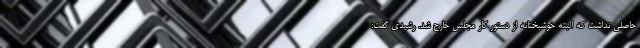
حاصلی نداشت که البته خوشبختانه از دستور کار مجلس خارج شد. رشیدی گفت: